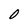
Character: O